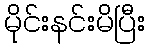
မိုင်းနင်းမိပြီး